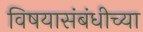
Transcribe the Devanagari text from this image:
विषयासंबंधीच्या